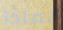
لماذا